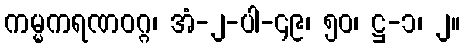
ကမ္မကရဏဝဂ္ဂ၊ အံ-၂-ပါ-၄၉၊ ၅၀၊ ဋ္ဌ-၁၊ ၂။